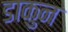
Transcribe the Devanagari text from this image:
डाकुन